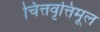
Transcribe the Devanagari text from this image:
चित्तवृत्तिमूल